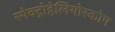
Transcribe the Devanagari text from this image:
स्पेक्ट्रोहेलियोस्कोप